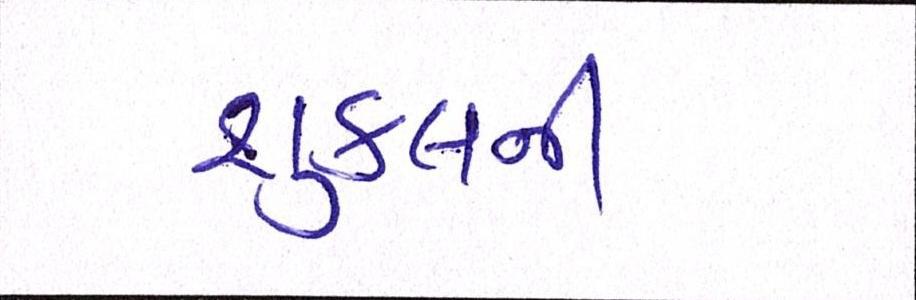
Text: શુક્લની